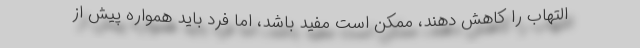
التهاب را کاهش دهند، ممکن است مفید باشد، اما فرد باید همواره پیش از